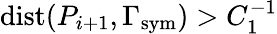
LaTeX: \mathrm{dist}(P_{i+1},\Gamma_{\mathrm{sym}})>C_{1}^{-1}